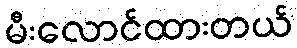
မီးလောင်ထားတယ်